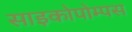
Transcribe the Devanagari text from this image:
साइकोपोम्पस